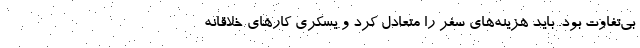
بی‌تفاوت بود. باید هزینه‌های سفر را متعادل کرد و یسکری کارهای خلاقانه